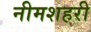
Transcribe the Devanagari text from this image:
नीमशहरी